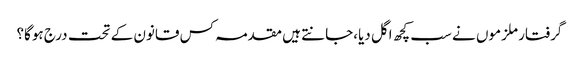
گرفتار ملزموں نے سب کچھ اگل دیا،جانتے ہیں مقدمہ کس قانون کے تحت درج ہوگا؟